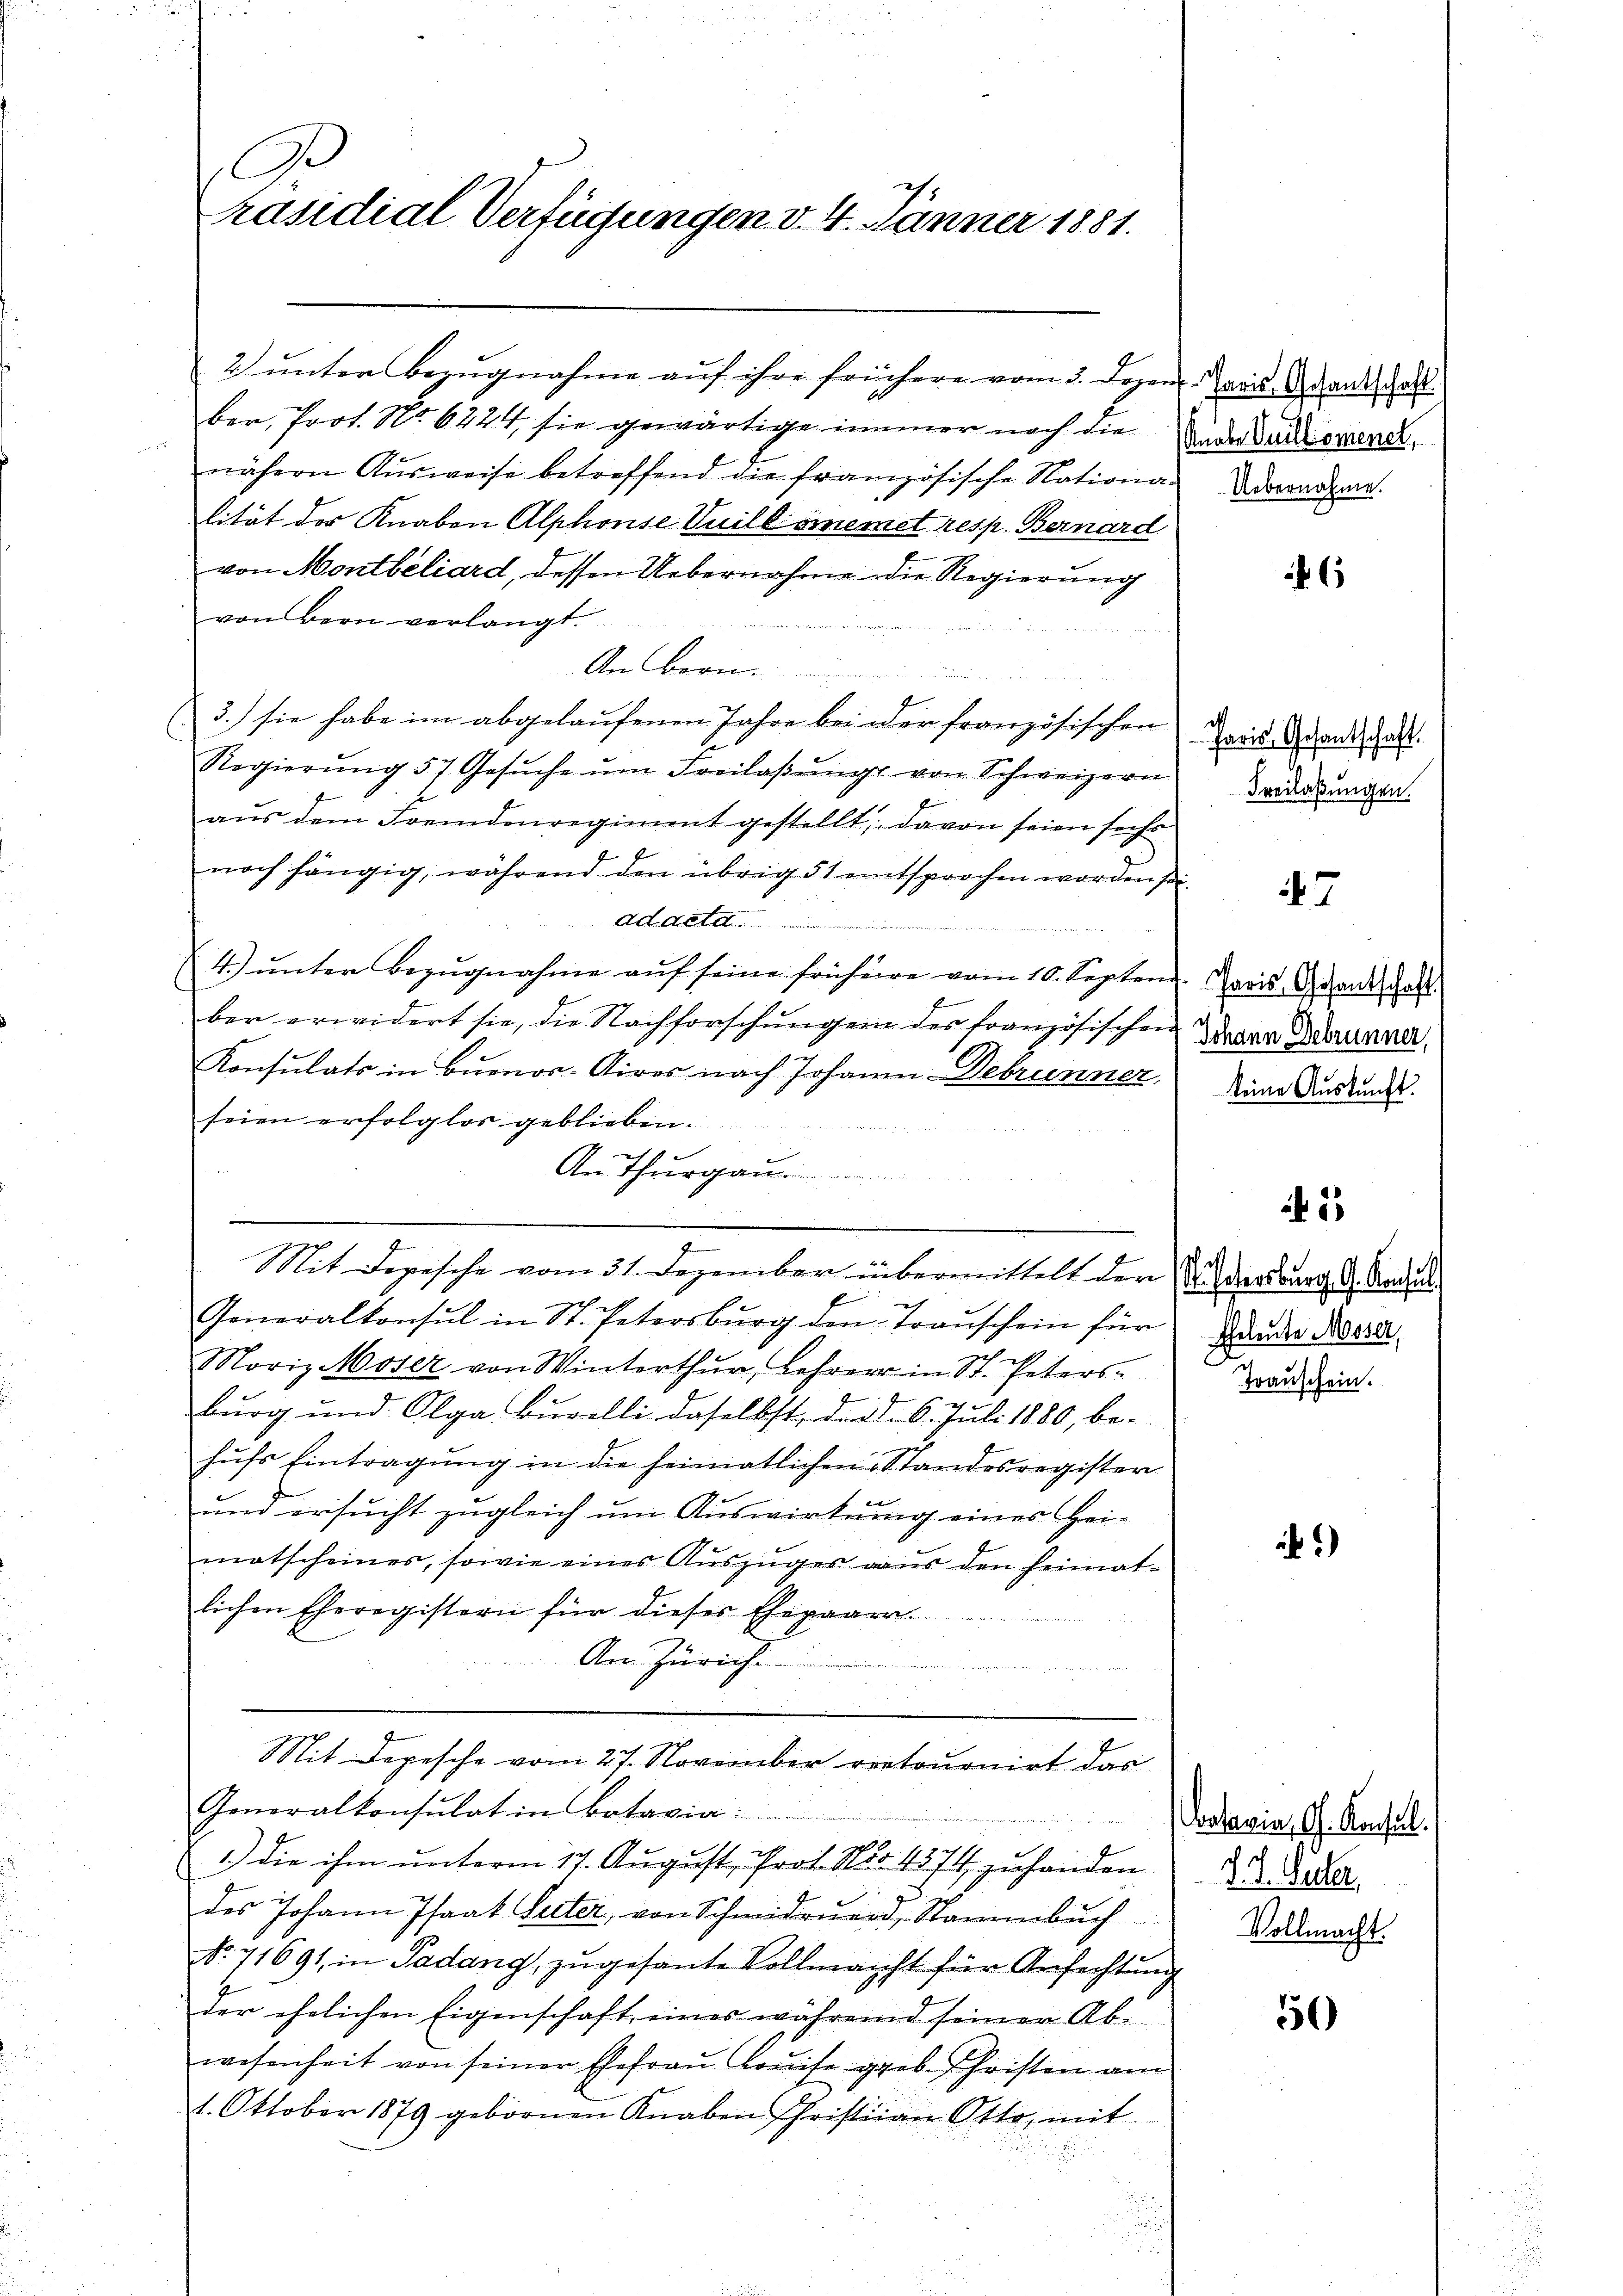
G
räsidial-Verfügungen v. 4. Jänner 1881.

ber, Prot. No. 6224, sie gewärtige immer noch die
nähern Aŭsweise betreffend die französische Nationa. Decondame.
lität des Knaben Alphonse Vuill omnemet resp. Bernard
von Montbeliard, dessen Uebernahme die Regierung
von Bern verlangt.
An Bern.
u
3.) sie habe im abgelaufenen Jahre bei der französischen
Regierŭng 57 Gesŭche ŭm Freilaβŭngs von Schweizern
aŭs dem Fremdenregiment gestellt, davon seien sechs
noch hängig, während den übrig 51 entsprochen worden sei
Addete
4) ŭnter Bezŭgnahme aŭf seine frühere vom 10. Septem Preis- Gesandtschaft
ber erwidert sie, die Nachforschungen des französischen
Konsulats in Buenos-Aires nach Johann-Debrunner,
seien erfolglos geblieben.
An Thurgau.
Mit Depesche vom 31. Dezember übermittelt der dersburg d. Andeu
Generalkonsul in St. Petersburg den Trauschein für
Noriz Moser von Winterthŭr, Lehrer in St. Peters-
bŭrg und Olga Bŭrelli daselbst, der d. 6. Juli 1880, behŭfs Eintragŭng in die heimatlichen Standesregister
und ersucht zugleich um Auswirkung eines Heimatscheines, sowie eines Auszüger aus den heimat-
lichen Eheregistern für dieses Ehepaar
An Zürich.
Mit Depesche vom 27. November retournirt das
Generalkonsulat in Botavia
1.) die ihm unterm 17. August, Prof. No. 4374 zuhanden
des Johann Isaat Seiter, von Schmidruend, Stammbuch
No 71691, in Padang, zugesante Vollmacht für Anfechtung
der ehelichen Eigenschaft, eines während seiner Ab-
wesenheit von seiner Ehefraŭ Loŭisa geb. Christen am
1. Oktober 1879 gebornen Knaben Christian Otto, mit

2 ŭnter Bezŭgnahme aŭf ihre frühere vom 3. Dezen. Marie ganz all

Rürbe Unilkomenet,

6

Paris Gesantschaft.
Freilassungen.

7

Johann Debrunner,
keine Auskunft.

2

Eheleute Moser,
Transchein.

1)

Votavia, G. Konsul
P. J. Gucker,
Vollmacht.

50